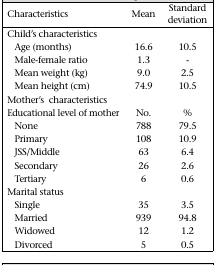
| Characteristics | Mean | Standard deviation |
 | --- | --- | --- |
 | Child's characteristics |  |  |
 | Age (months) | 16.6 | 10.5 |
 | Male-female ratio | 1.3 | − |
 | Mean weight (kg) | 9.0 | 2.5 |
 | Mean height (cm) | 74.9 | 10.5 |
 | Mother's characteristics |  |  |
 | Educational level of mother | No. | % |
 | None | 788 | 79.5 |
 | Primary | 108 | 10.9 |
 | JSS/Middle | 63 | 6.4 |
 | Secondary | 26 | 2.6 |
 | Tertiary | 6 | 0.6 |
 | Marital status |  |  |
 | Single | 35 | 3.5 |
 | Married | 939 | 94.8 |
 | Widowed | 12 | 1.2 |
 | Divorced | 5 | 0.5 |